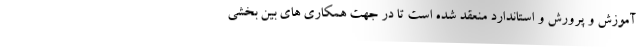
آموزش و پرورش و استاندارد منعقد شده است تا در جهت همکاری های بین بخشی